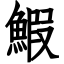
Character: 鰕